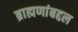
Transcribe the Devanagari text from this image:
ब्राह्मणांबद्दल